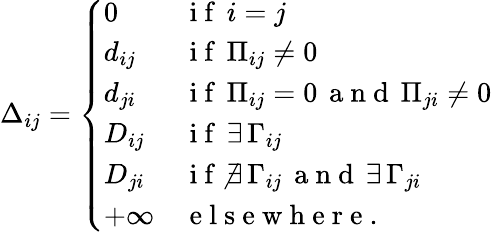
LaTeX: \Delta_{ij}=\left\{ \begin{array}{ll}{0}&{\mathrm{~i~f~}\, i=j}\\ {d_{ij}}&{\mathrm{~i~f~}\, \Pi_{ij}\neq 0}\\ {d_{ji}}&{\mathrm{~i~f~}\, \Pi_{ij}=0\, \mathrm{~a~n~d~}\, \Pi_{ji}\neq 0}\\ {D_{ij}}&{\mathrm{~i~f~}\, \exists\, \Gamma_{ij}}\\ {D_{ji}}&{\mathrm{~i~f~}\, \nexists\, \Gamma_{ij}\, \mathrm{~a~n~d~}\, \exists\, \Gamma_{ji}}\\ {+\infty}&{\mathrm{~e~l~s~e~w~h~e~r~e~.~}}\end{array}\right.